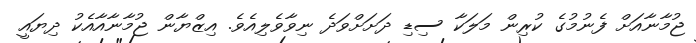
ޖުމާނާއަށް ފެނުމުގެ ކުރިން މަލަކާ ސިޑި ދަށަށްވަދެ ނިވާވެލިއެވެ. އިޒްޔާން ޖުމާނާއާއެކު ދިޔައީ